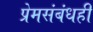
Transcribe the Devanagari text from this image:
प्रेमसंबंधही